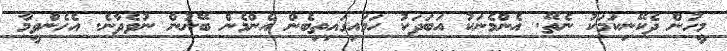
މީހުން ދެކޭނިކަމަކު ނެތޭ. އެންމެނަކު އަބަދަކު ހަމައިގައިތިބެން އެންމެން ބޭނުން ނުވެދާނެ. އެހެންވީމާ